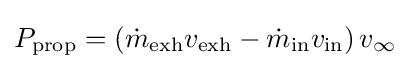
P_{\mathrm {prop} }=\left({\dot {m}}_{\mathrm {exh} }v_{\mathrm {exh} }-{\dot {m}}_{\mathrm {in} }v_{\mathrm {in} }\right)v_{\infty }